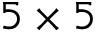
5 \times 5